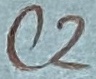
Text: C2